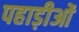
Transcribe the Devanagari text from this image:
पहाड़ीओं